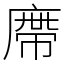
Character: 廗